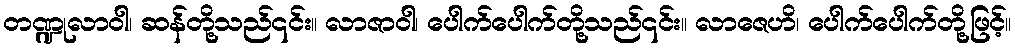
တဏ္ဍုလာဝါ၊ ဆန်တို့သည်၎င်း။ လာဇာဝါ၊ ပေါက်ပေါက်တို့သည်၎င်း။ လာဇေဟိ၊ ပေါက်ပေါက်တို့ဖြင့်။